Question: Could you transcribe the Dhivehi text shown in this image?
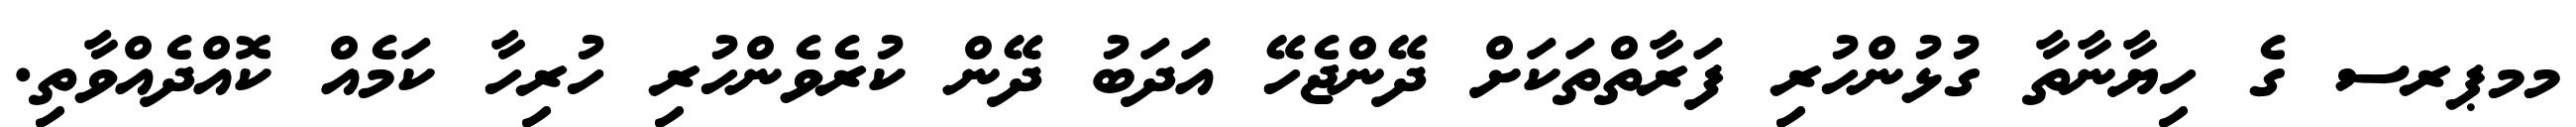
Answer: މމޕރސ ގެ ހިޔާނާތާ ގުޅުންހުރި ފަރާތްތަކަށް ދޭންޖެހޭ އަދަބު ދޭން ކުރެވެންހުރި ހުރިހާ ކަމެއް ކޮއްދެއްވާތި.